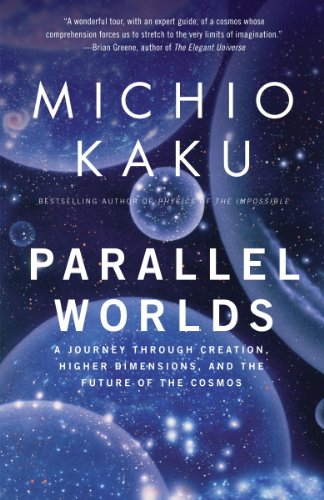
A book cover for Parallel Worlds: A Journey Through Creation, Higher Dimensions, and the Future of the Cosmos; Michio Kaku; Science & Math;